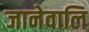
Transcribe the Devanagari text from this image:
जानेवालि